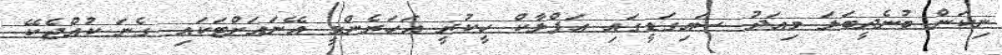
ނިކަން ބުނެދީބަލަ މިއަދު ސައިގަޑީގައި އަފްލާކް ހީކުރީ އަހަރެންމީ އޭނައަށްޓަކައި ގެނަ ކުއްޖެކޭ